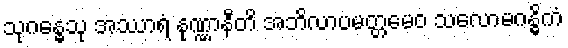
သုဂန္ဓေသု အဿာရံ နုဏ္ဏာနီတိ အဘိလာပမတ္တမေဝ သလောမဂန္ဓိကံ